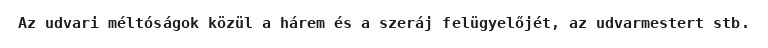
Az udvari méltóságok közül a hárem és a szeráj felügyelőjét, az udvarmestert stb.